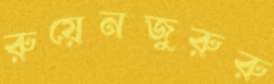
রুয়েনজুরুরু